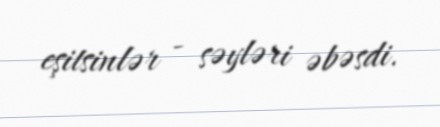
eşitsinlər - səyləri əbəsdi.